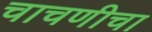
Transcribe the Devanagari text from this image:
चाचणीचा